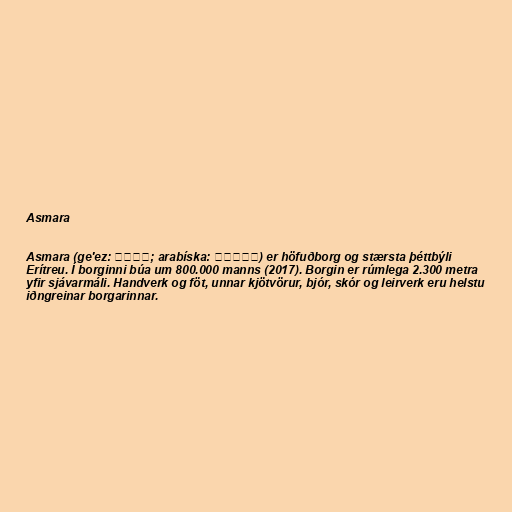
Asmara

Asmara (ge'ez: አሥመራ; arabíska: أسمرا) er höfuðborg og stærsta þéttbýli
Erítreu. Í borginni búa um 800.000 manns (2017). Borgin er rúmlega 2.300 metra
yfir sjávarmáli. Handverk og föt, unnar kjötvörur, bjór, skór og leirverk eru helstu
iðngreinar borgarinnar.